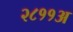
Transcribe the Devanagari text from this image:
२८११अ